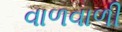
વાળવાળી